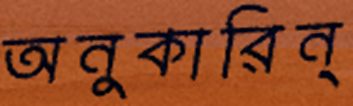
অনুকারিন্